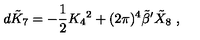
d \tilde { K } _ { 7 } = - { \frac { 1 } { 2 } } K _ { 4 } { } ^ { 2 } + ( 2 \pi ) ^ { 4 } { \tilde { \beta } } ^ { \prime } { \tilde { X } } _ { 8 } \ ,